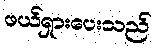
ဖယ်ရှားပေးသည်